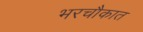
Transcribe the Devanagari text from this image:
भरचौकात